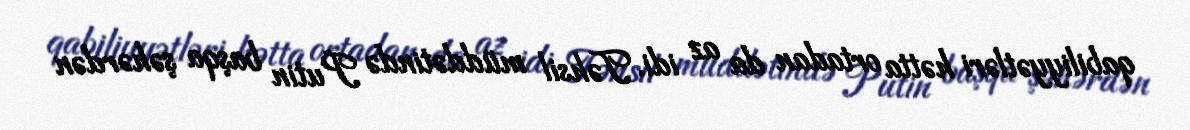
qabiliyyətləri hətta ortadan da az idi. Təhsil müddətində Putin başqa şəhərdən